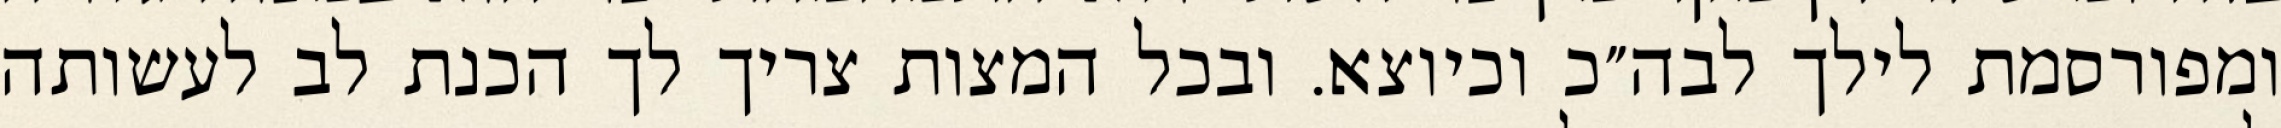
ומפורסמת לילך לבה״כ וכיוצא. ובכל המצות צריך לך הכנת לב לעשותה